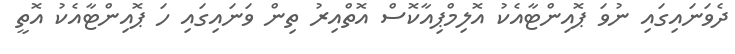
ދެވަނައިގައި ނުވަ ޕޮއިންޓާއެކު އޮލިމްޕިއާކޮސް އޮތްއިރު ތިން ވަނައިގައި ހަ ޕޮއިންޓާއެކު އޮތީ